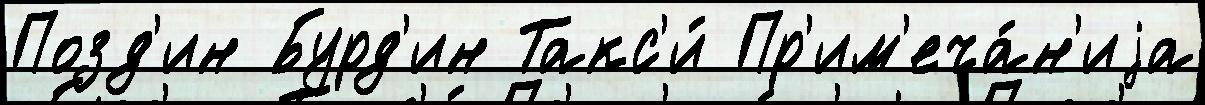
Позд'ин Бурд'ин Такс'и́ Пр'им'еча́н'иjа